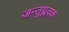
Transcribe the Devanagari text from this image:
जन्तुप्लवक